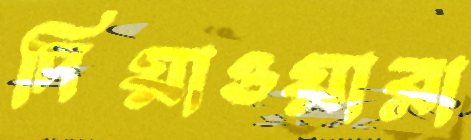
দিয়াওয়ারা